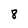
Character: 8